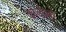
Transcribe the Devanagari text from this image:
कोलांबो